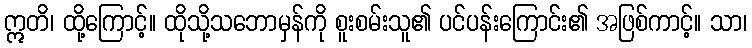
ဣတိ၊ ထို့ကြောင့်။ ထိုသို့သဘောမှန်ကို စူးစမ်းသူ၏ ပင်ပန်းကြောင်း၏ အဖြစ်ကာင့်။ သာ၊